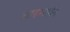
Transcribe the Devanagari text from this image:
शाहमर्दान